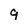
Character: 9